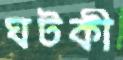
ঘটকী